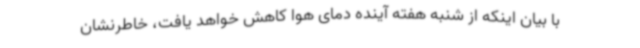
با بیان اینکه از شنبه هفته آینده دمای هوا کاهش خواهد یافت، خاطرنشان